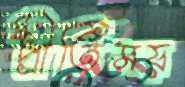
প্রীতিময়